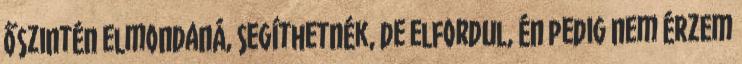
őszintén elmondaná, segíthetnék, de elfordul, én pedig nem érzem